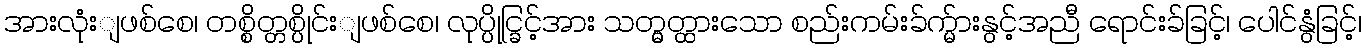
အားလုံးျဖစ်စေ၊ တစ္စိတ္တစ္ပိုင်းျဖစ်စေ၊ လုပ္ပိုင္ခြင့်အား သတ္မွတ္ထားသော စည်းကမ်းခ်က္မ်ားနွင့်အညီ ရောင်းခ်ခြင့်၊ ပေါင်နွံခြင့်၊